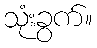
သုံးခွက်။